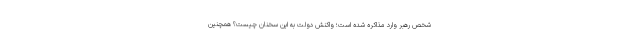
شخص رهبر وارد مذاکره شده است؛ واکنش دولت به این سخنان چیست؟ همچنین